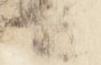
卿